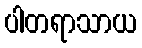
ပါတရာသာယ